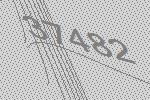
37482